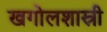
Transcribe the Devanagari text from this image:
खगोलशास्री